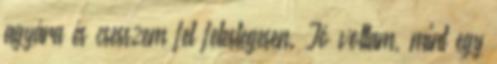
agyára és csesszem fel feleslegesen. Jó voltam, mint egy